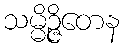
သမ္မိဉ္ဇိတေန